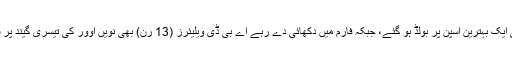
کپتان وراٹ کوہلی 23 رنز بنانے کے بعد شریس گوپال کی ایک بہترین اسپن پر بولڈ ہو گئے، جبکہ فارم میں دکھائی دے رہے اے بی ڈی ویلیئرز (13 رن) بھی نویں اوور کی تیسری گیند پر شریس گوپال کی گیند پر انہی کے ہاتھوں کیچ آؤٹ ہو گئے۔